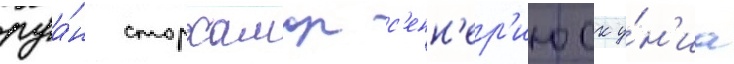
руа́н сторхамар с'енн'ер'июск у́н'иа